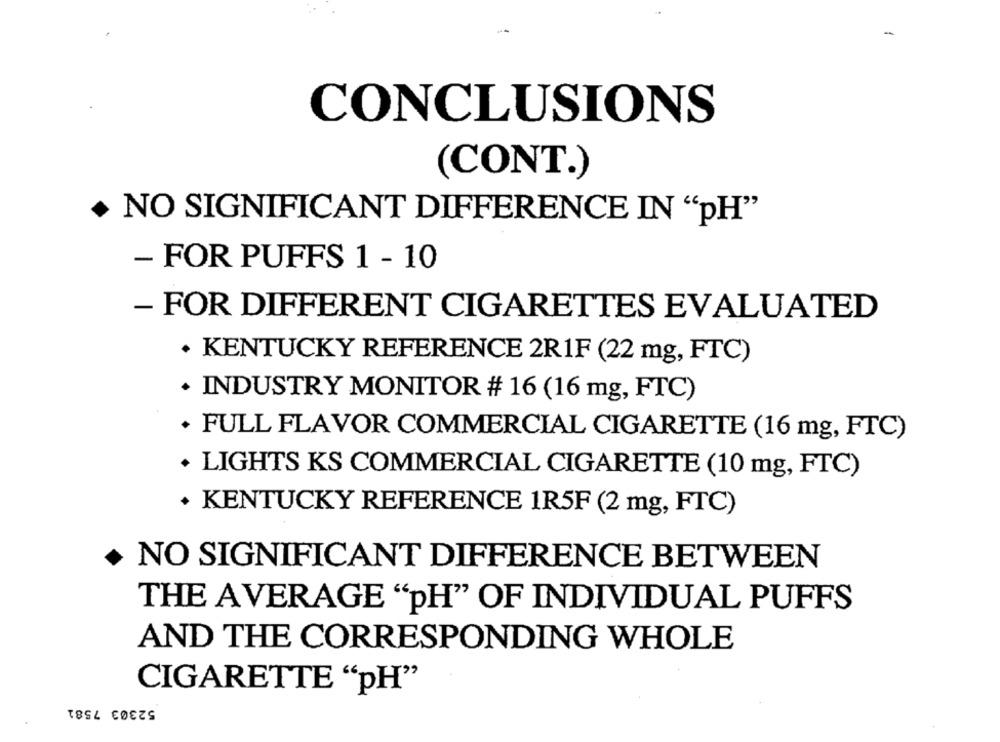
-
CONCLUSIONS
(CONT.)
. NO SIGNIFICANT DIFFERENCE IN "PH"
- FOR PUFFS 1 - 10
- FOR DIFFERENT CIGARETTES EVALUATED
. KENTUCKY REFERENCE 2R1F (22 mg, FTC)
. INDUSTRY MONITOR # 16 (16 mg, FTC)
+ FULL FLAVOR COMMERCIAL CIGARETTE (16 mg, FTC)
. LIGHTS KS COMMERCIAL CIGARETTE (10 mg, FTC)
KENTUCKY REFERENCE 1R5F (2 mg, FTC)
NO SIGNIFICANT DIFFERENCE BETWEEN
THE AVERAGE "pH" OF INDIVIDUAL PUFFS
AND THE CORRESPONDING WHOLE
CIGARETTE "pH"
52303 7581